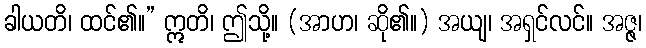
ခါယတိ၊ ထင်၏။” ဣတိ၊ ဤသို့။ (အာဟ၊ ဆို၏။) အယျ၊ အရှင်လင်။ အဇ္ဇ၊